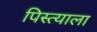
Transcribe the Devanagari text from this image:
पिस्त्याला